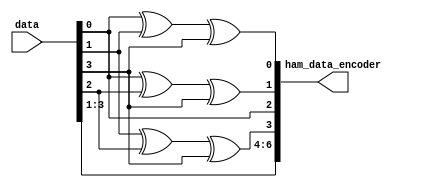
// This program was cloned from: https://github.com/Suni123456789/100DaysRTL
// License: Apache License 2.0

`timescale 1ns / 1ps

module hamming_encoder(
    input [3:0]data,
    output [6:0] ham_data_encoder
    );
    
    assign ham_data_encoder[0]=data[0]^data[1]^data[3]; // P1= 1 xor 3 xor 5 xor 7
    
    assign ham_data_encoder[1]=data[0]^data[2]^data[3]; // P2= 2 xor 3 xor 6 xor 7
    
    assign ham_data_encoder[2]=data[0];
    
    assign ham_data_encoder[3]=data[1]^data[2]^data[3]; // P3= 4 xor 5 xor 6 xor 7
    
    assign ham_data_encoder[4]=data[1];
    
    assign ham_data_encoder[5]=data[2];
    
    assign ham_data_encoder[6]=data[3];
    
endmodule